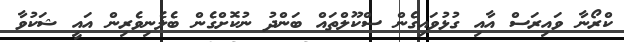
ކްރޯނާ ވައިރަސް އާއި ގުޅުވައިގެން ސްކޫލްތައް ބަންދު ނުކޮށްގެން ބެލެނިވެރިން އައީ ޝަކުވާ